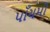
પાઁચમો